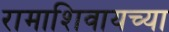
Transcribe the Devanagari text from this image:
रामाशिवायच्या